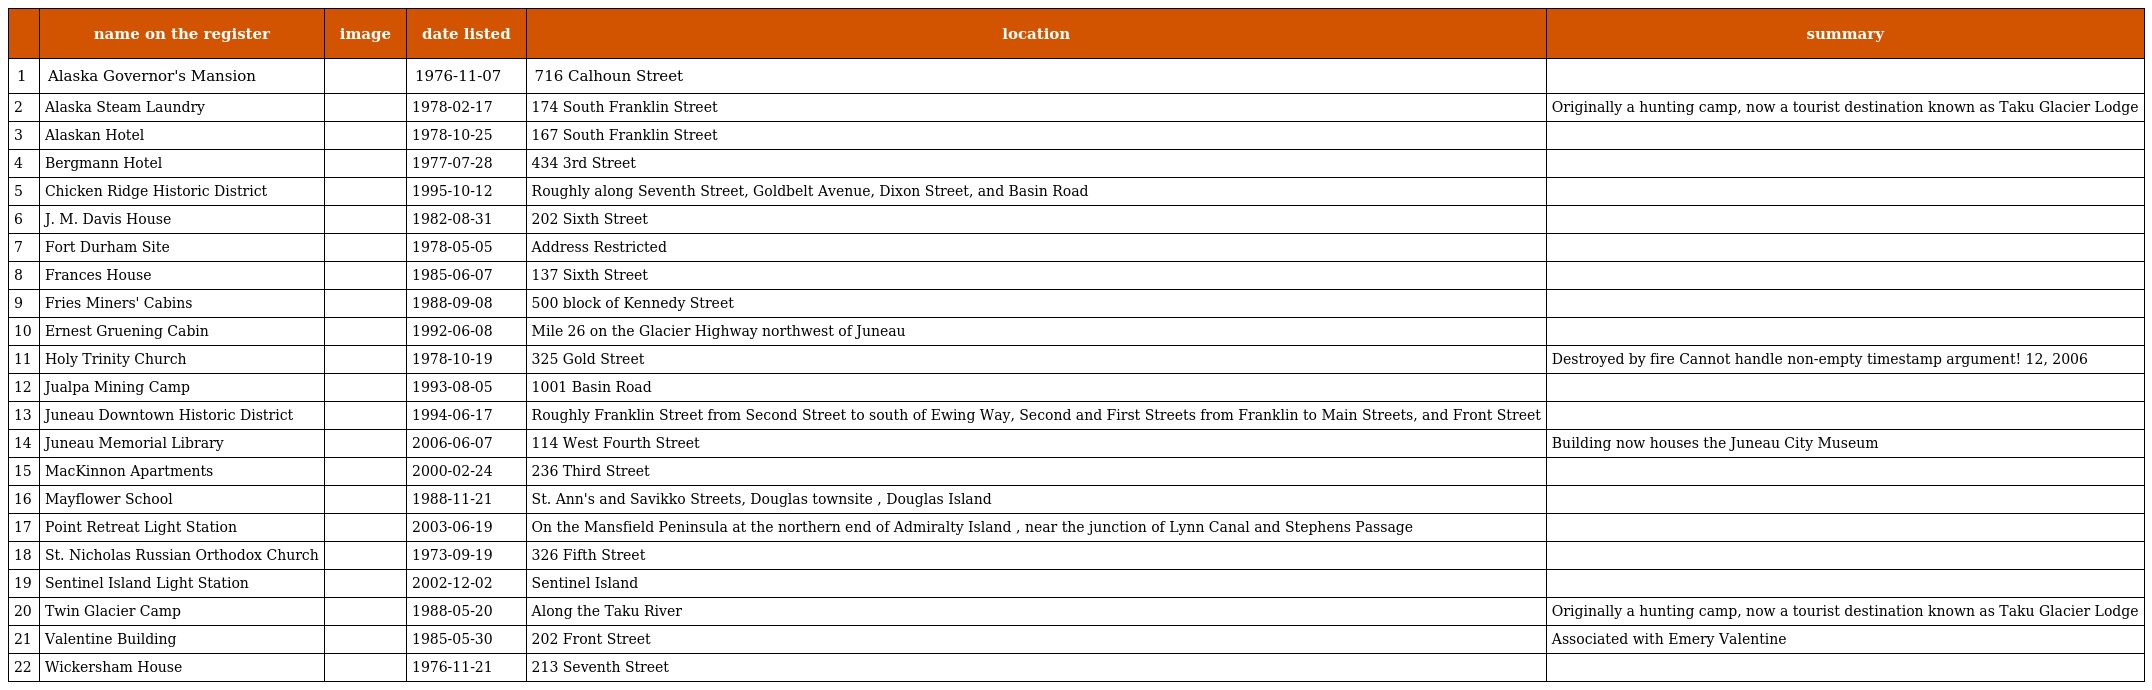
|  | name on the register | image | date listed | location | summary |
 | --- | --- | --- | --- | --- | --- |
 | 1 | Alaska Governor's Mansion |  | 1976-11-07 | 716 Calhoun Street |  |
 | 2 | Alaska Steam Laundry |  | 1978-02-17 | 174 South Franklin Street | Originally a hunting camp, now a tourist destination known as Taku Glacier Lodge |
 | 3 | Alaskan Hotel |  | 1978-10-25 | 167 South Franklin Street |  |
 | 4 | Bergmann Hotel |  | 1977-07-28 | 434 3rd Street |  |
 | 5 | Chicken Ridge Historic District |  | 1995-10-12 | Roughly along Seventh Street, Goldbelt Avenue, Dixon Street, and Basin Road |  |
 | 6 | J. M. Davis House |  | 1982-08-31 | 202 Sixth Street |  |
 | 7 | Fort Durham Site |  | 1978-05-05 | Address Restricted |  |
 | 8 | Frances House |  | 1985-06-07 | 137 Sixth Street |  |
 | 9 | Fries Miners' Cabins |  | 1988-09-08 | 500 block of Kennedy Street |  |
 | 10 | Ernest Gruening Cabin |  | 1992-06-08 | Mile 26 on the Glacier Highway northwest of Juneau |  |
 | 11 | Holy Trinity Church |  | 1978-10-19 | 325 Gold Street | Destroyed by fire Cannot handle non-empty timestamp argument! 12, 2006 |
 | 12 | Jualpa Mining Camp |  | 1993-08-05 | 1001 Basin Road |  |
 | 13 | Juneau Downtown Historic District |  | 1994-06-17 | Roughly Franklin Street from Second Street to south of Ewing Way, Second and First Streets from Franklin to Main Streets, and Front Street |  |
 | 14 | Juneau Memorial Library |  | 2006-06-07 | 114 West Fourth Street | Building now houses the Juneau City Museum |
 | 15 | MacKinnon Apartments |  | 2000-02-24 | 236 Third Street |  |
 | 16 | Mayflower School |  | 1988-11-21 | St. Ann's and Savikko Streets, Douglas townsite , Douglas Island |  |
 | 17 | Point Retreat Light Station |  | 2003-06-19 | On the Mansfield Peninsula at the northern end of Admiralty Island , near the junction of Lynn Canal and Stephens Passage |  |
 | 18 | St. Nicholas Russian Orthodox Church |  | 1973-09-19 | 326 Fifth Street |  |
 | 19 | Sentinel Island Light Station |  | 2002-12-02 | Sentinel Island |  |
 | 20 | Twin Glacier Camp |  | 1988-05-20 | Along the Taku River | Originally a hunting camp, now a tourist destination known as Taku Glacier Lodge |
 | 21 | Valentine Building |  | 1985-05-30 | 202 Front Street | Associated with Emery Valentine |
 | 22 | Wickersham House |  | 1976-11-21 | 213 Seventh Street |  |